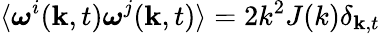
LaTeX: \langle\boldsymbol{\omega}^{i}(\mathbf{k},t)\boldsymbol{\omega}^{j}(\mathbf{k},t)\rangle=2k^{2}J(k)\delta_{\mathbf{k},t}